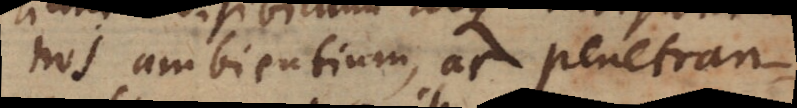
nos ambientium, ac penetran